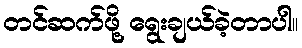
တင်ဆက်ဖို့ ရွေးချယ်ခဲ့တာပါ။